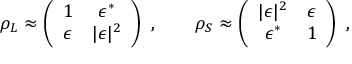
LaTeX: \rho _ { L } \approx \left( \begin{array} { c c } { { 1 } } & { { \epsilon ^ { * } } } \\ { { \epsilon } } & { { | \epsilon | ^ { 2 } } } \end{array} \right) \ , \qquad \rho _ { S } \approx \left( \begin{array} { c c } { { | \epsilon | ^ { 2 } } } & { { \epsilon } } \\ { { \epsilon ^ { * } } } & { { 1 } } \end{array} \right) \ ,